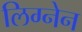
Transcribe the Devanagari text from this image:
लिग्नेन